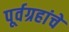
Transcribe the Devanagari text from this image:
पूर्वग्रहांचे